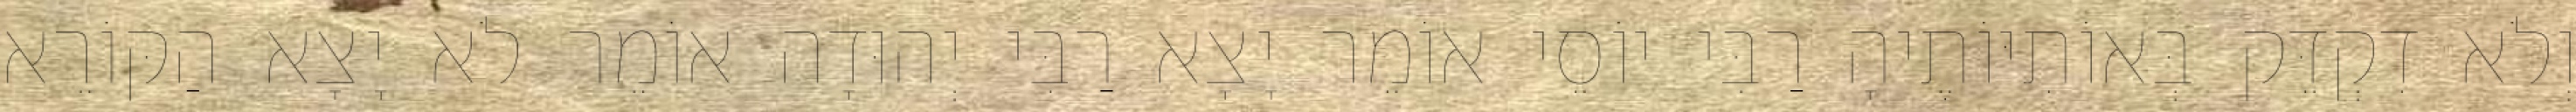
וְלֹא דִקְדֵּק בְּאוֹתִיּוֹתֶיהָ רַבִּי יוֹסֵי אוֹמֵר יָצָא רַבִּי יְהוּדָה אוֹמֵר לֹא יָצָא הַקּוֹרֵא